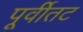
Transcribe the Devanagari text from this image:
पूर्वीतट